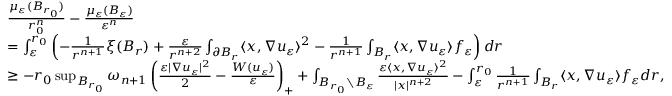
\begin{array} { r l } & { \frac { \mu _ { \varepsilon } ( B _ { r _ { 0 } } ) } { r _ { 0 } ^ { n } } - \frac { \mu _ { \varepsilon } ( B _ { \varepsilon } ) } { \varepsilon ^ { n } } } \\ & { = \int _ { \varepsilon } ^ { r _ { 0 } } \left( - \frac { 1 } { r ^ { n + 1 } } \xi ( B _ { r } ) + \frac { \varepsilon } { r ^ { n + 2 } } \int _ { \partial B _ { r } } \langle x , \nabla u _ { \varepsilon } \rangle ^ { 2 } - \frac { 1 } { r ^ { n + 1 } } \int _ { B _ { r } } \langle x , \nabla u _ { \varepsilon } \rangle f _ { \varepsilon } \right) d r } \\ & { \geq - r _ { 0 } \operatorname* { s u p } _ { B _ { r _ { 0 } } } \omega _ { n + 1 } \left( \frac { \varepsilon | \nabla u _ { \varepsilon } | ^ { 2 } } { 2 } - \frac { W ( u _ { \varepsilon } ) } { \varepsilon } \right) _ { + } + \int _ { B _ { r _ { 0 } } \setminus B _ { \varepsilon } } \frac { \varepsilon \langle x , \nabla u _ { \varepsilon } \rangle ^ { 2 } } { | x | ^ { n + 2 } } - \int _ { \varepsilon } ^ { r _ { 0 } } \frac { 1 } { r ^ { n + 1 } } \int _ { B _ { r } } \langle x , \nabla u _ { \varepsilon } \rangle f _ { \varepsilon } d r , } \end{array}